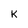
Character: K